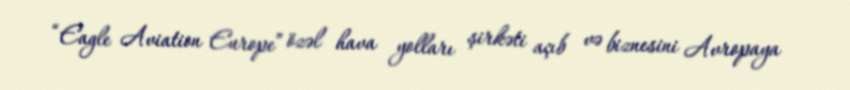
“Eagle Aviation Europe” özəl hava yolları şirkəti açıb və biznesini Avropaya